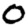
Digit: 0